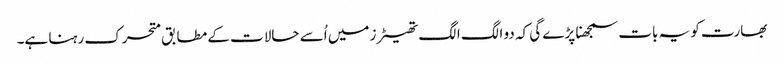
بھارت کو یہ بات سمجھنا پڑے گی کہ دو الگ الگ تھیٹرز میں اُسے حالات کے مطابق متحرک رہنا ہے۔